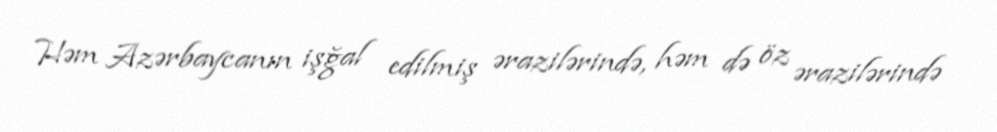
Həm Azərbaycanın işğal edilmiş ərazilərində, həm də öz ərazilərində